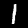
Label: 1